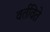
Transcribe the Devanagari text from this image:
वर्तविते